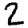
Digit: 2